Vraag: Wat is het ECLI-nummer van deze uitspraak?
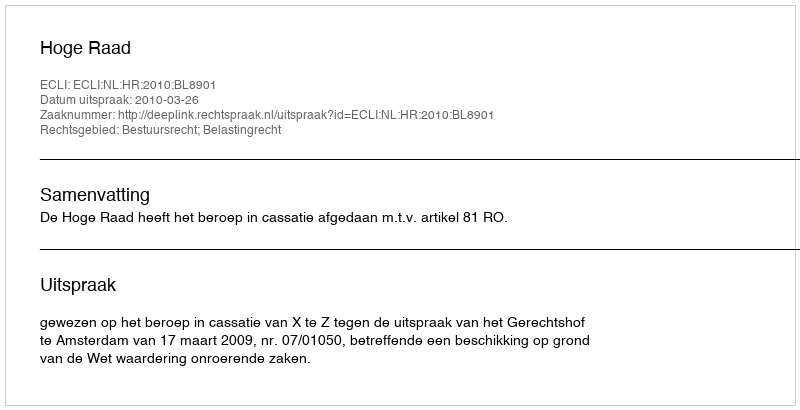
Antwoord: ECLI:NL:HR:2010:BL8901